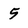
Character: 5